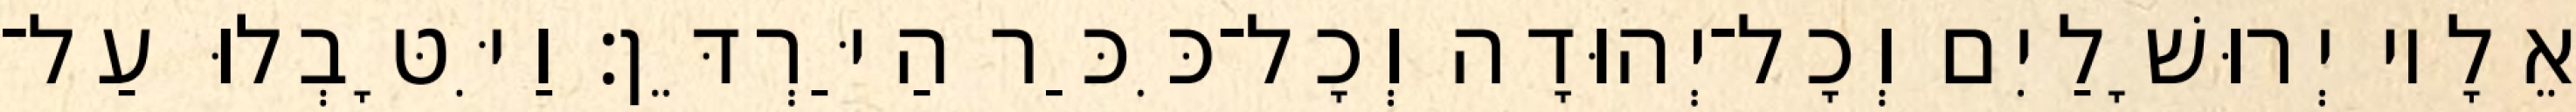
אֵלָיו יְרוּשָׁלַיִם וְכָל־יְהוּדָה וְכָל־כִּכַּר הַיַּרְדֵּן׃ וַיִּטָּבְלוּ עַל־